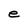
Character: e